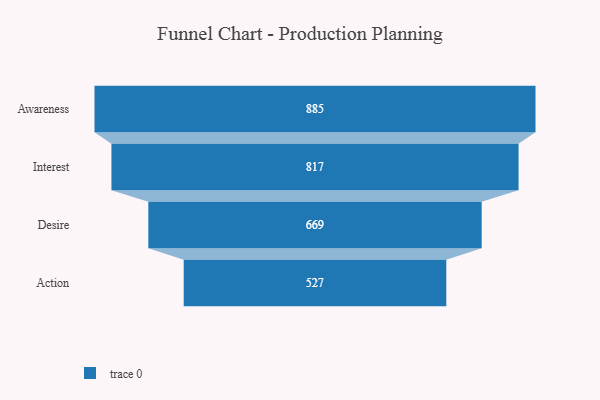
{"axis": {"x": "Stage", "y": "Value"}, "legend": [""], "data": [{"x": "Awareness", "y": 885.0, "type": ""}, {"x": "Interest", "y": 817.0, "type": ""}, {"x": "Desire", "y": 669.0, "type": ""}, {"x": "Action", "y": 527.0, "type": ""}]}